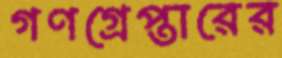
গণগ্রেপ্তারের